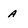
Character: a